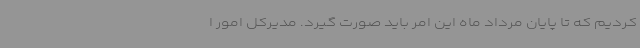
کردیم که تا پایان مرداد ماه این امر باید صورت گیرد. مدیرکل امور ا